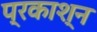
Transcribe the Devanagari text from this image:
प्रकाश्न